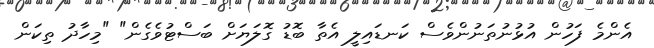
އެންމެ ފަހުން އުޅުނުތަނުންވެސް ކަނޑައިލީ އެތާ ބޮޑު ގޮލަޔަށް ބަސްޓުވެގެން" "މިހާދު ތިކަން